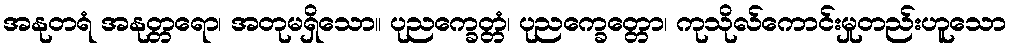
အနုတရံ အနုတ္တရော၊ အတုမရှိသော။ ပုညက္ခေတ္တံ၊ ပုညက္ခေတ္တော၊ ကုသိုလ်ကောင်းမှုတည်းဟူသော